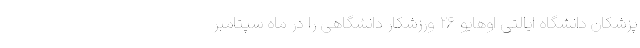
پزشکان دانشگاه ایالتی اوهایو ۲۶ ورزشکار دانشگاهی را در ماه سپتامبر